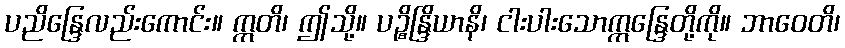
ပညိန္ဒြေလည်းကောင်း။ ဣတိ၊ ဤသို့။ ပဉ္စိန္ဒြိယာနိ၊ ငါးပါးသောဣန္ဒြေတို့ကို။ ဘာဝေတိ၊